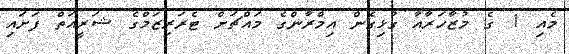
މެއި 1 ގެ މުޒާހަރާއާ ގުޅިގެން އިމްރާންގެ މައްޗަށް ޓެރަރިޒަމްގެ ޝަރީއަތް ފަށައި